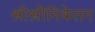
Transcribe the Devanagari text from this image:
श्रीश्रीनिकेतन